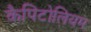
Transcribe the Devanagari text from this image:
कैपिटोलियम